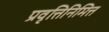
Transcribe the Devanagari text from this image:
प्रवृत्तिनिमित्त